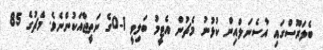
ބެލަރޫސްގައި އާސެނަލްއިން ކުޅުނު މެޗުން އެޓީމު ބަލިވީ 1-0ގެ ނަތީޖާއަކުންނެވެ. މެޗުގެ 85